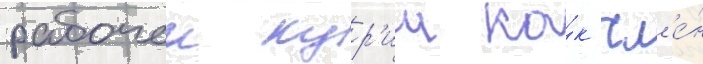
рабочеи кур'ии ка́к чл'е́н